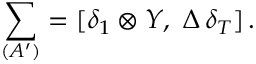
\sum _ { ( A ^ { \prime } ) } = [ \delta _ { 1 } \otimes Y , \, \, \Delta \, \delta _ { T } ] \, .